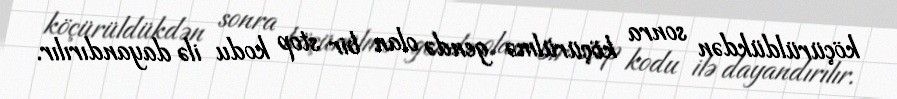
köçürüldükdən sonra köçürülmə gendə olan bir stop kodu ilə dayandırılır.